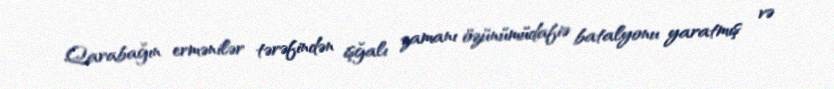
Qarabağın ermənilər tərəfindən işğalı zamanı özünümüdafiə batalyonu yaratmış və